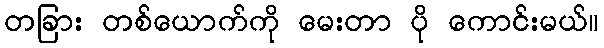
တခြား တစ်ယောက်ကို မေးတာ ပို ကောင်းမယ်။